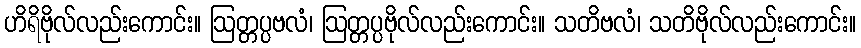
ဟိရိဗိုလ်လည်းကောင်း။ ဩတ္တပ္ပဗလံ၊ ဩတ္တပ္ပဗိုလ်လည်းကောင်း။ သတိဗလံ၊ သတိဗိုလ်လည်းကောင်း။